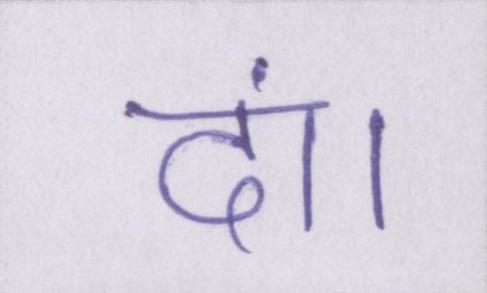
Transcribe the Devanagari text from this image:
दां।